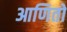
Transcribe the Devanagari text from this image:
आणितो